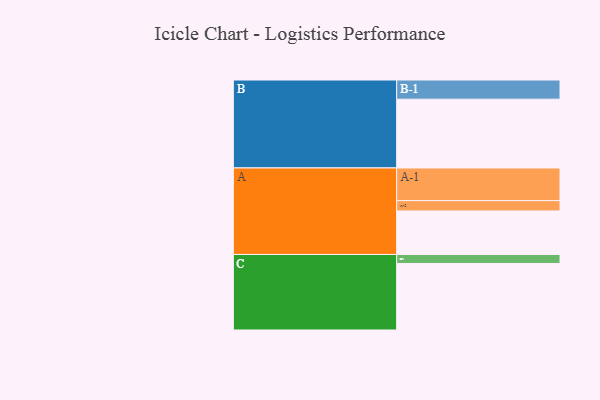
{"axis": {"x": "Segment", "y": "Value"}, "legend": ["", "A", "B", "C"], "data": [{"x": "A", "y": 329, "type": ""}, {"x": "B", "y": 520, "type": ""}, {"x": "C", "y": 503, "type": ""}, {"x": "A-1", "y": 247, "type": "A"}, {"x": "A-2", "y": 78, "type": "A"}, {"x": "B-1", "y": 145, "type": "B"}, {"x": "C-1", "y": 68, "type": "C"}]}